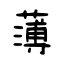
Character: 薄